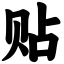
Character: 贴